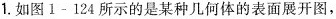
1.如图1-124所示的是某种几何体的表面展开图，